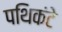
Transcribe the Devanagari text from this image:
पथिकंटे